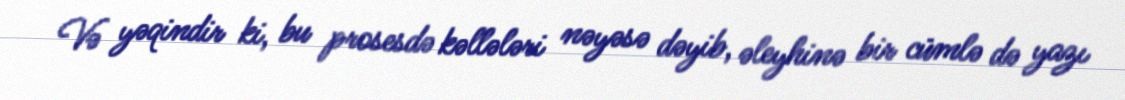
Və yəqindir ki, bu prosesdə kəllələri nəyəsə dəyib, əleyhinə bir cümlə də yazı